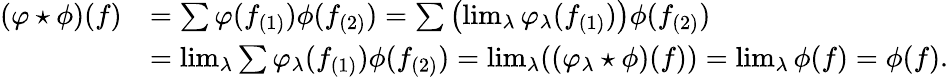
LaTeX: \begin{array}{rl}{(\varphi\star\phi)(f)}&{=\sum\varphi(f_{(1)})\phi(f_{(2)})=\sum\left(\operatorname*{lim}_{\lambda}\varphi_{\lambda}(f_{(1)})\right)\phi(f_{(2)})}\\ &{=\operatorname*{lim}_{\lambda}\sum\varphi_{\lambda}(f_{(1)})\phi(f_{(2)})=\operatorname*{lim}_{\lambda}((\varphi_{\lambda}\star\phi)(f))=\operatorname*{lim}_{\lambda}\phi(f)=\phi(f).}\end{array}